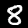
Digit: 8